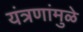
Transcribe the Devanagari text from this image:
यंत्रणांमुळे